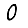
Digit: 0